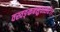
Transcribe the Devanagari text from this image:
वस्वङ्कबसुवत्सरे।।